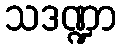
သဒဏ္ဍာ